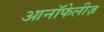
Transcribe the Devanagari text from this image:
आनॉफेलीज़